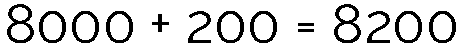
8000 + 200 = 8200